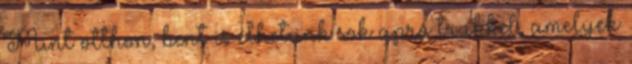
Mint otthon, bent is élhetünk sok apró trükkel, amelyek